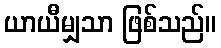
ယာယီမျှသာ ဖြစ်သည်။